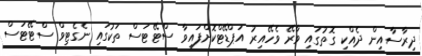
ދިރާސާއިން ދެއްކި ގޮތުގައި ވާރޭ ވެހޭއިރު އަޕްޑޭޓްކޮށްފައިވާ ސްޓޭޓަސް ތަކުގައި ނެގެޓިވް ސްޓޭޓަސް